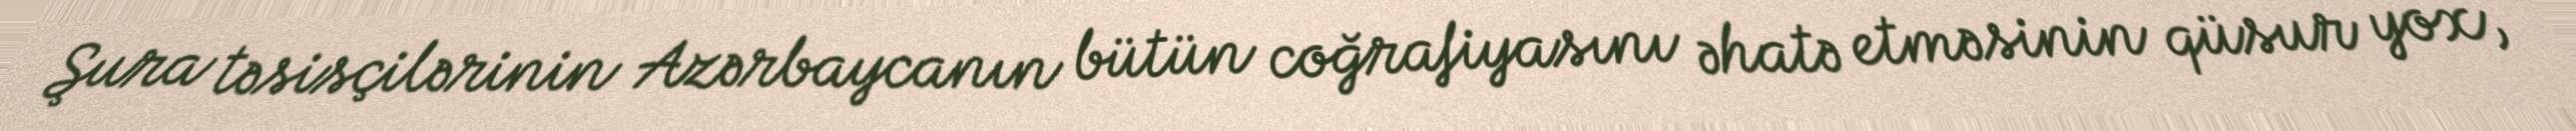
Şura təsisçilərinin Azərbaycanın bütün coğrafiyasını əhatə etməsinin qüsur yox,